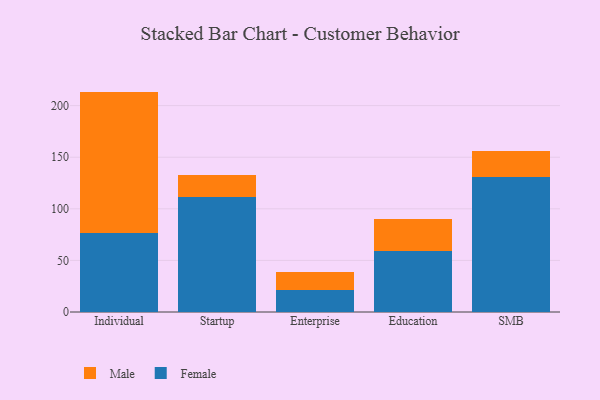
{"axis": {"x": "Segment", "y": "Website Visitors"}, "legend": ["Female", "Male"], "data": [{"x": "Individual", "y": 76.6, "type": "Female"}, {"x": "Individual", "y": 137.0, "type": "Male"}, {"x": "Startup", "y": 111.6, "type": "Female"}, {"x": "Startup", "y": 21.3, "type": "Male"}, {"x": "Enterprise", "y": 21.3, "type": "Female"}, {"x": "Enterprise", "y": 17.4, "type": "Male"}, {"x": "Education", "y": 58.7, "type": "Female"}, {"x": "Education", "y": 31.7, "type": "Male"}, {"x": "SMB", "y": 130.9, "type": "Female"}, {"x": "SMB", "y": 25.3, "type": "Male"}]}